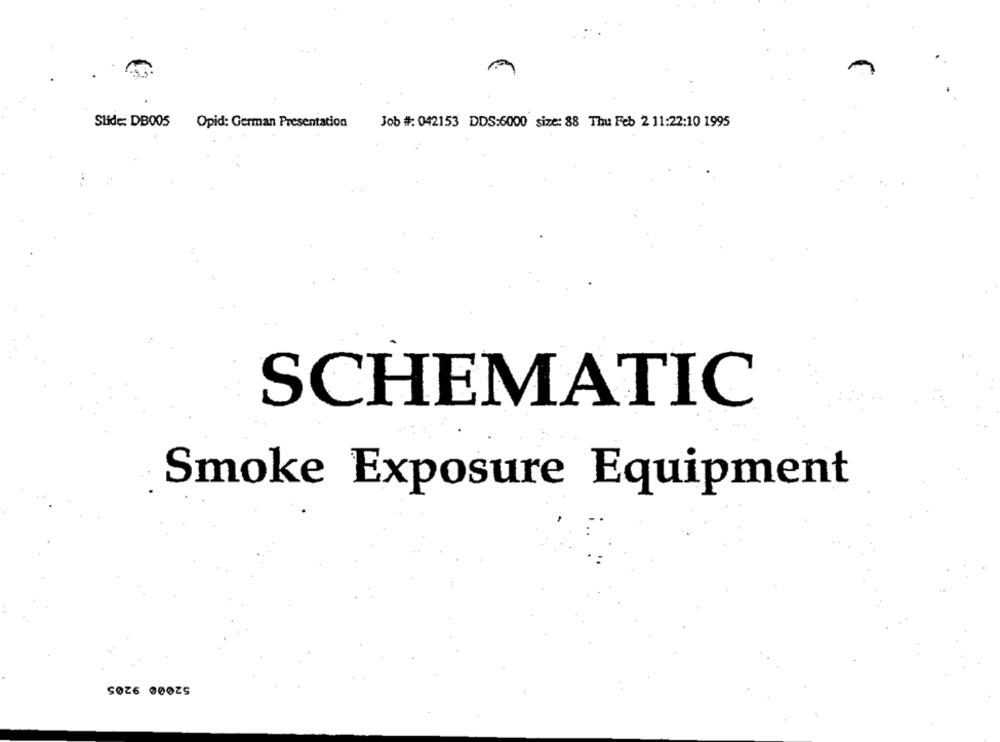
Slide: DB005
Opid: German Presentation
Job #: 042153 DDS:6000 size: 88 Thu Feb 2 11:22:10 1995
SCHEMATIC
Smoke Exposure Equipment
52000 9205